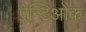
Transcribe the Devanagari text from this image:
ऐन्टिओक